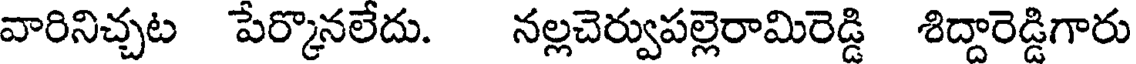
వారినిచ్చట పేర్కొనలేదు. నల్లచెర్వుపల్లెరామిరెడ్డి శిద్దారెడ్డిగారు